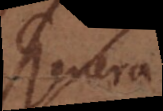
Genera